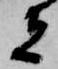
者